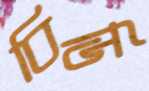
বিডি